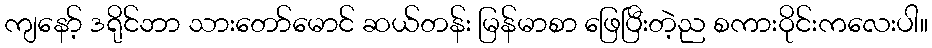
ကျနော့် ဒရိုင်ဘာ သားတော်မောင် ဆယ်တန်း မြန်မာစာ ဖြေပြီးတဲ့ည စကားဝိုင်းကလေးပါ။